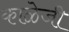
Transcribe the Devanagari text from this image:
काळेजी